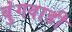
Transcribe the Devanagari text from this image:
बुंगवाडी